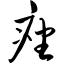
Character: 痤